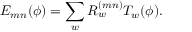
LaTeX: E _ { m n } ( \phi ) = \sum _ { w } R _ { w } ^ { ( m n ) } T _ { w } ( \phi ) .